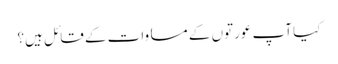
کیا آپ عورتوں کے مساوات کے قائل ہیں؟